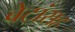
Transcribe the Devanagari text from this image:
बेटांसह